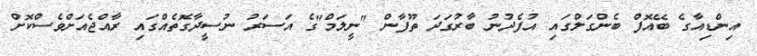
އިންޑިއާގެ ބޭއޮފް ބެންގަލްގައި އުފެދުނު ބާރުގަދަ ތޫފާން "ނީލަމް"ގެ އަސަރު ނުސީދާގޮތެއްގައި ރާއްޖެއަށްވެސްކޮށް